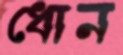
ধোন